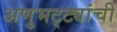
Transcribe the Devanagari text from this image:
अणुभट्ट्यांची